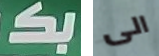
بكـ الى